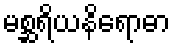
မစ္ဆရိယနိရောဓာ